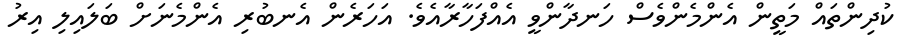
ކުދިންތައް މަތީން އެންމެންވެސް ހަނދާންވީ އެއްފަހާރާއެވެ. އަހަރެން އެނބުރި އެންމެނަށް ބަލައިލި އިރު